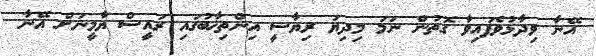
އޭނާ ވިދާޅުވެފައިވާ ގޮތުން ނަމަ މިދިޔަ ރިޔާސީ އިންތިޚާބުގައި ރައީސް ޔާމީނަށް އޭނާ